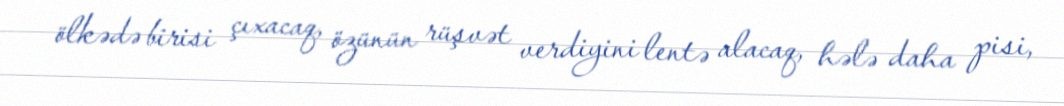
ölkədə birisi çıxacaq, özünün rüşvət verdiyini lentə alacaq, hələ daha pisi,